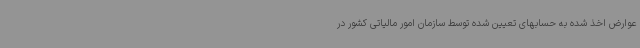
عوارض اخذ شده به حسابهای تعیین شده توسط سازمان امور مالیاتی کشور در